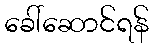
ခေါ်ဆောင်ရန်